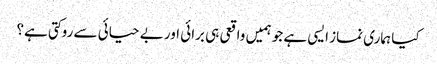
کیا ہماری نماز ایسی ہے جو ہمیں واقعی ہی برائی اور بے حیائی سے روکتی ہے؟